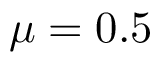
\mu = 0 . 5